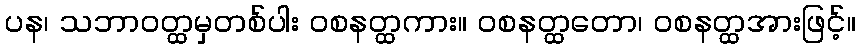
ပန၊ သဘာဝတ္ထမှတစ်ပါး ဝစနတ္ထကား။ ဝစနတ္ထတော၊ ဝစနတ္ထအားဖြင့်။